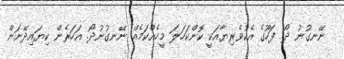
ނޭނގުނު ދޯ. ފަހޫގެ އެކުވެރިޔާއަކީ ކޮންކަހަލަ މީހެއްކަމެއް ނޭނގުނުދޯ. އަހަރެން ކިޔައިދޭނަން